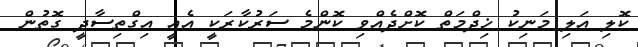
ކޮލި އަލި މަނިކު ޚިދްމަތް ކޮށްދެއްވި ކޮންމެ ސަރުކާރަކީ އެއީ އިގްތިސާދީ ގޮތުން